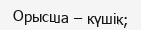
Орысша – күшік;